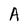
Character: A